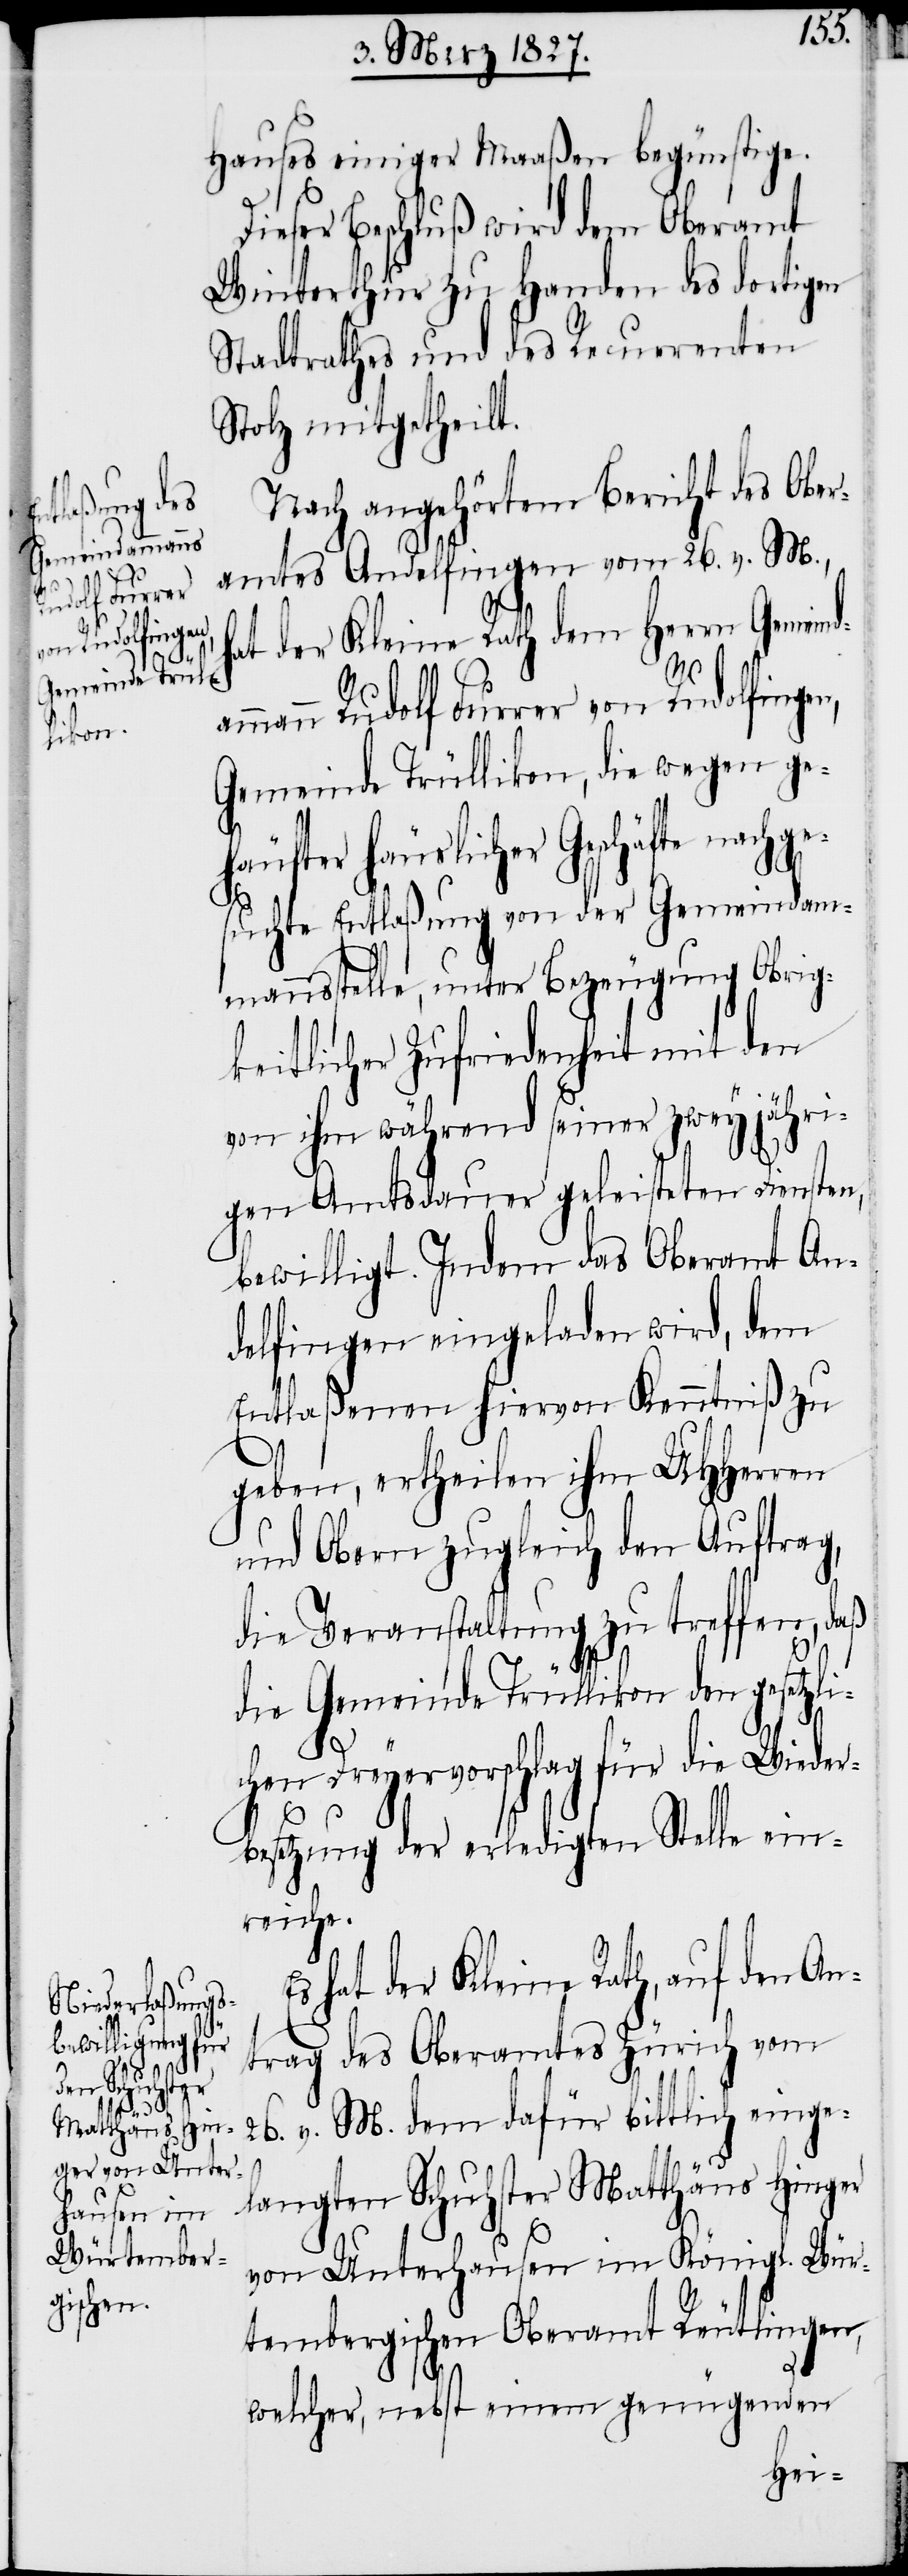
Hauses einiger Maaßen begünstige.
eser Beschluß wird dem Oberamt
Winterthur zu Handen des dortigen
Stadtrathes und des Recurrenten
Stolz mitgetheilt.
Nach angehörtem Bericht des Ober¬
amtes Andelfingen vom 26. v. M.,
ammann Rudolf Furrer
hat der Kleine Rath dem Herrn Gemeind¬
von Rudolfingen,
Gemeinde Trüllikon, die wegen ge¬
häufter häuslicher Geschäfte nach¬
suchte Entlaßung von der Gemeindam¬
mannsstelle, unter Bezeugung Obrig¬
keitlicher Zufriedenheit mit den
von ihm während seiner zweyjähri¬
gen Amtsdauer geleisteten Diensten,
bewilligt. Indem das Oberamt An¬
delfingen eingeladen wird, dem
Entlaßenen hiervon Kenntniß zu
geben, ertheilen ihm UHHerren
und Obern zugleich den Auftrag,
die Veranstaltung zu treffen, daß
die Gemeinde Trüllikon den gesetzli¬
chen Dreyervorschlag für die Wieder¬
besetzung der erledigten Stelle ein¬
reiche.
s hat der Kleine Rath, auf den An¬
E¬
trag des Oberamtes Zürich vom
ge¬
26. v. M. dem dafür bittlich einge¬
langten Schuhster Matthäus Hinger
von Unterhausen im Königl. Wür¬
tembergischen Oberamt Reutlingen,
welcher, nebst einem genügenden